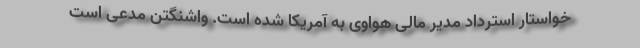
خواستار استرداد مدیر مالی هواوی به آمریکا شده است. واشنگتن مدعی است